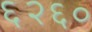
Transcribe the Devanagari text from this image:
६२६०